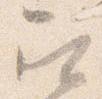
召